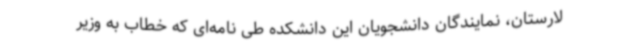
لارستان، نمایندگان دانشجویان این دانشکده طی نامه‌ای که خطاب به وزیر